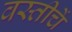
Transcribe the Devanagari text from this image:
वस्तीचें